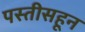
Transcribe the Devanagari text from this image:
पस्‍तीसहून